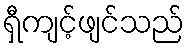
ရှီကျင့်ဖျင်သည်